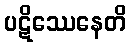
ပဋိဿေနေတိ